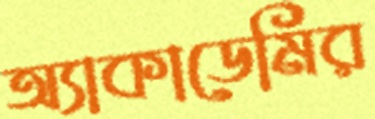
অ্যাকাডেমির